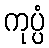
ကုပ္ပံ